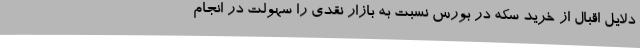
دلایل اقبال از خرید سکه در بورس نسبت به بازار نقدی را سهولت در انجام